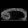
Digit: ၈